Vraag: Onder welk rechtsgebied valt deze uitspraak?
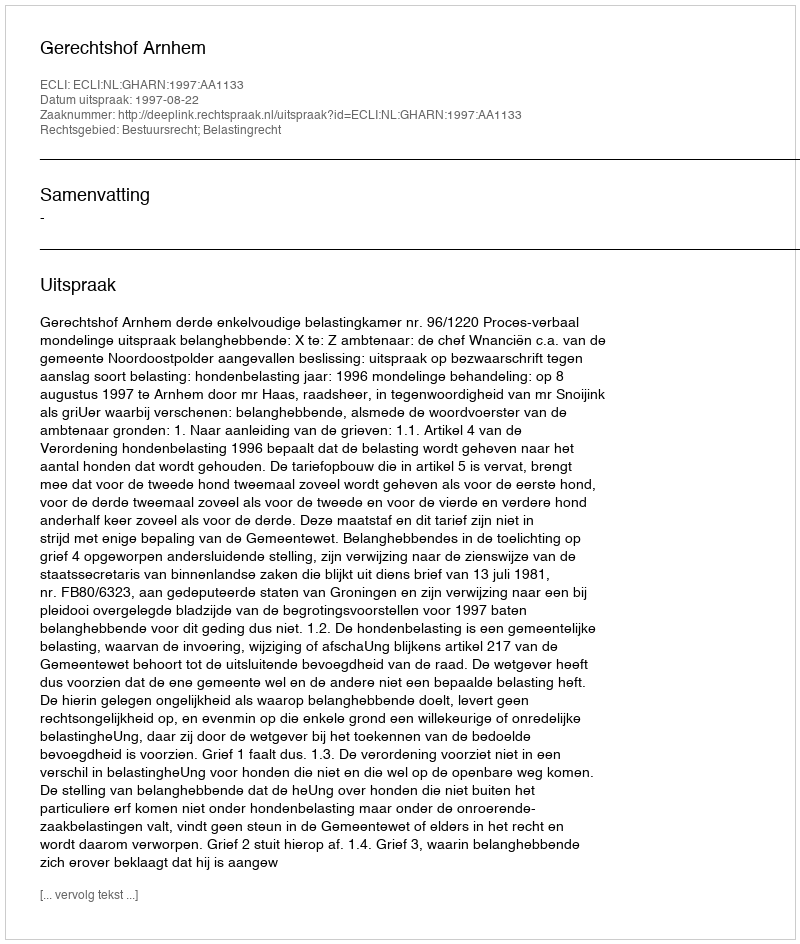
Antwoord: Bestuursrecht; Belastingrecht